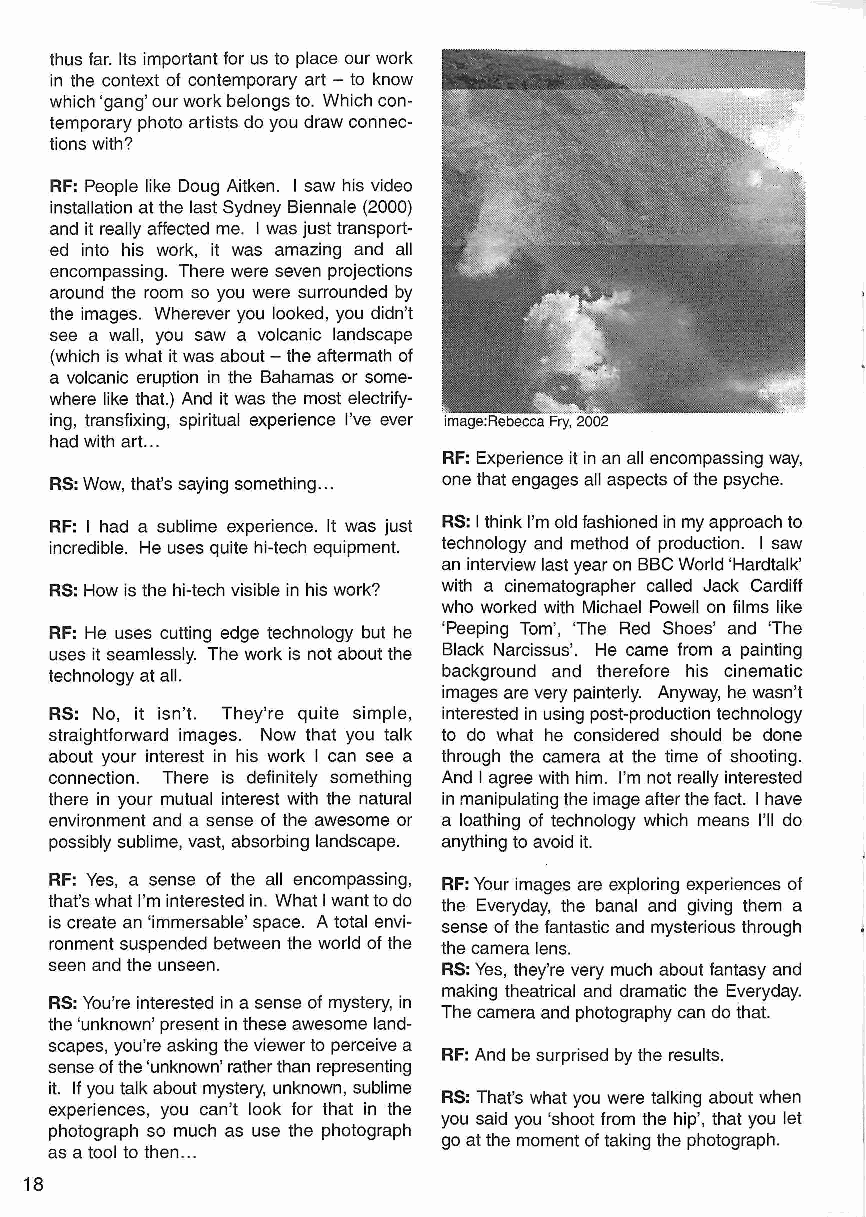
thus far. Its important for us to place our work
 in the context of contemporary art - to know
 which 'gang' our work belongs to. Which con
 temporary photo artists do you draw connec
 tions with?
 RF: People like Doug Aitken. I saw his video
 installation at the last Sydney Biennale (2000)
 and it really affected me. I was just transport
 ed into his work, it was amazing and all
 encompassing. There were seven projections
 around the room so you were surrounded by
 the images. Wherever you looked, you didn't
 see a wall, you saw a volcanic landscape
 (which is what it was about - the aftermath of
 a volcanic eruption in the Bahamas or some
 where like that.) And it was the most electrify
 ing, transfixing, spiritual experience I've ever
 had with art...
 RF: Experience it in an all encompassing way,
 RS: Wow, that's saying something... one that engages all aspects of the psyche.
 RF: I had a sublime experience. It was just RS: I think I'm old fashioned in my approach to
 incredible. He uses quite hi-tech equipment. technology and method of production. I saw
 an interview last year on BBC World 'Hardtalk'
 RS: How is the hi-tech visible in his work? with a cinematographer called Jack Cardiff
 who worked with Michael Powell on films like
 RF: He uses cutting edge technology but he 'Peeping Tom', The Red Shoes' and The
 uses it seamlessly. The work is not about the Black Narcissus'. He came from a painting
 technology at all.        background and therefore his cinematic
 images are very painterly. Anyway, he wasn't
 RS: No, it isn't. They're quite simple, interested in using post-production technology
 straightforward images. Now that you talk to do what he considered should be done
 about your interest in his work I can see a through the camera at the time of shooting.
 connection. There is definitely something And I agree with him. I'm not really interested
 there in your mutual interest with the natural in manipulating the image after the fact. I have
 environment and a sense of the awesome or a loathing of technology which means I'll do
 possibly sublime, vast, absorbing landscape. anything to avoid it.
 RF: Yes, a sense of the all encompassing, RF: Your images are exploring experiences of
 that's what I'm interested in. What I want to do the Everyday, the banal and giving them a
 is create an 'immersable' space. A total envi sense of the fantastic and mysterious through
 ronment suspended between the world of the the camera lens.
 seen and the unseen.      RS: Yes, they're very much about fantasy and
 making theatrical and dramatic the Everyday.
 RS: You're interested in a sense of mystery, in
 The camera and photography can do that.
 the 'unknown' present in these awesome land
 scapes, you're asking the viewer to perceive a
 RF: And be surprised by the results.
 sense of the 'unknown' rather than representing
 it. If you talk about mystery, unknown, sublime
 RS: That's what you were talking about when
 experiences, you can't look for that in the
 you said you 'shoot from the hip', that you let
 photograph so much as use the photograph
 go at the moment of taking the photograph.
 as a tool to then...
 18